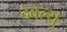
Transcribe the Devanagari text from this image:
दबल्यु